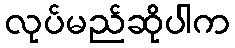
လုပ်မည်ဆိုပါက